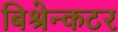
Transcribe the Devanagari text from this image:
बिश्रेन्कटर